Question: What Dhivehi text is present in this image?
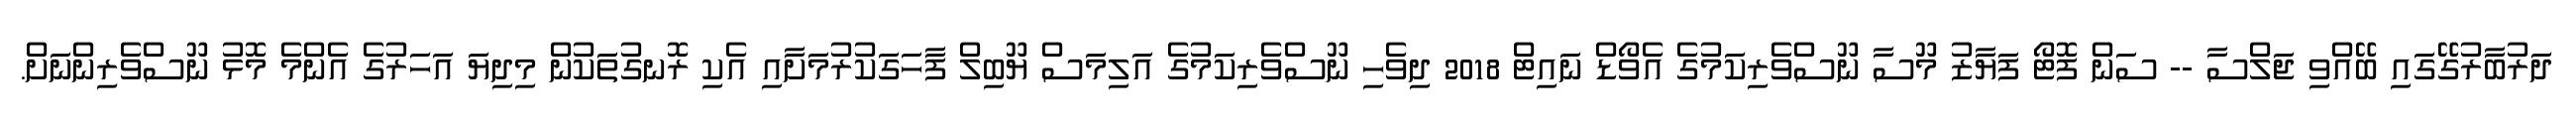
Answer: ދަރުބާރުގޭގައި ބޭއްވި ޖަލްސާ -- ސަން ފޮޓޯ ފަޔާޒު މޫސާ ނޫސްވެރިކަމުގެ އެވޯޑް ނައިޓް 2018 ދިވެހި ނޫސްވެރިކަމުގެ އަލިމަސް ޔޫބިލް ފާހަގަކުރުމަށާއި އެކި ރޮނގުތަކުން މިދިޔަ އަހަރުގެ އެންމެ މޮޅު ނޫސްވެރިންނަށް.